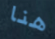
هنا